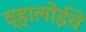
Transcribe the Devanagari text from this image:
व्हालोईचे